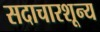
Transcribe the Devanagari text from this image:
सदाचारशून्य